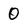
Character: 0